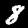
Label: 8